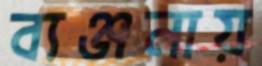
ব্যঞ্জনায়